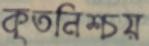
কৃতনিশ্চয়